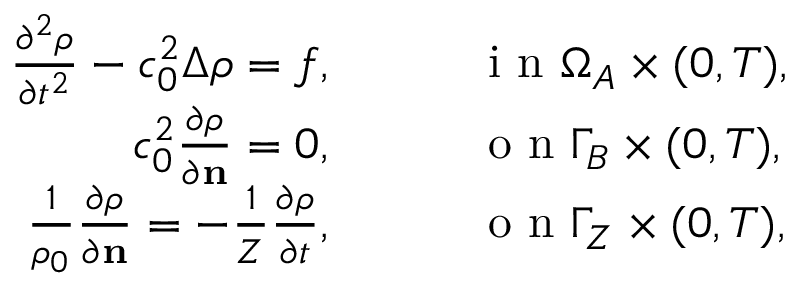
\begin{array} { r l } { \frac { \partial ^ { 2 } \rho } { \partial t ^ { 2 } } - c _ { 0 } ^ { 2 } \Delta \rho = f , } & { { } \qquad \mathrm { ~ i ~ n ~ } \Omega _ { A } \times ( 0 , T ) , } \\ { c _ { 0 } ^ { 2 } \frac { \partial \rho } { \partial \mathbf { n } } = 0 , } & { { } \qquad \mathrm { ~ o ~ n ~ } \Gamma _ { B } \times ( 0 , T ) , } \\ { \frac { 1 } { \rho _ { 0 } } \frac { \partial \rho } { \partial \mathbf { n } } = - \frac { 1 } { Z } \frac { \partial \rho } { \partial t } , } & { { } \qquad \mathrm { ~ o ~ n ~ } \Gamma _ { Z } \times ( 0 , T ) , } \end{array}